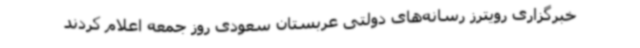
خبرگزاری رویترز رسانه‌های دولتی عربستان سعودی روز جمعه اعلام کردند